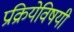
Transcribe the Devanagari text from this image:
प्रक्रियेविषयी